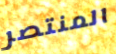
المنتصر